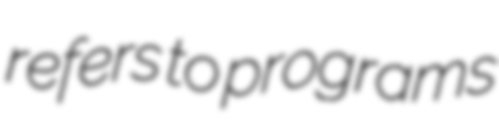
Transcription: refers to programs